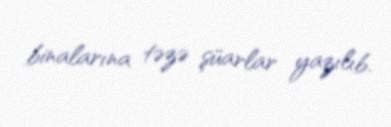
binalarına təzə şüarlar yazılıb.